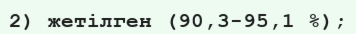
2) жетілген (90,3-95,1 %);